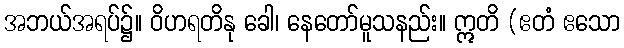
အဘယ်အရပ်၌။ ဝိဟရတိနု ခေါ၊ နေတော်မူသနည်း။ ဣတိ (ဧတံ ဧသော